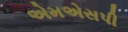
એમએસપી